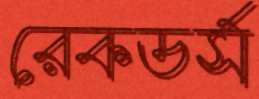
রেকডর্স